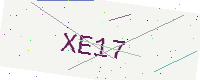
Text: XE17